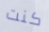
كنت